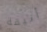
أنيقة